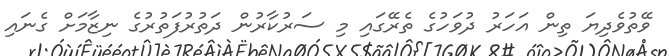
ވޭތުވެދިޔަ ތިން އަހަރު ދުވަހުގެ ތެރޭގައި މި ސަރުކާރުން ދަތުރުފަތުރުގެ ނިޒާމަށް ގެނައި